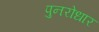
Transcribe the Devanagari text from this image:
पुनरोधार